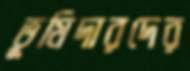
ভূমিদারদের